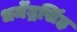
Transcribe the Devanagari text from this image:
धर्मेंद्रसिंह